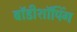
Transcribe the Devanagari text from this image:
बॉडीशॉपिंग